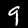
Label: 9